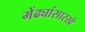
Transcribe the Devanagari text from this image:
मेंढ्यांसारखे